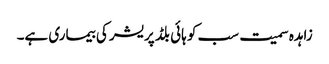
زاہدہ سمیت سب کو ہائی بلڈ پریشر کی بیماری ہے۔